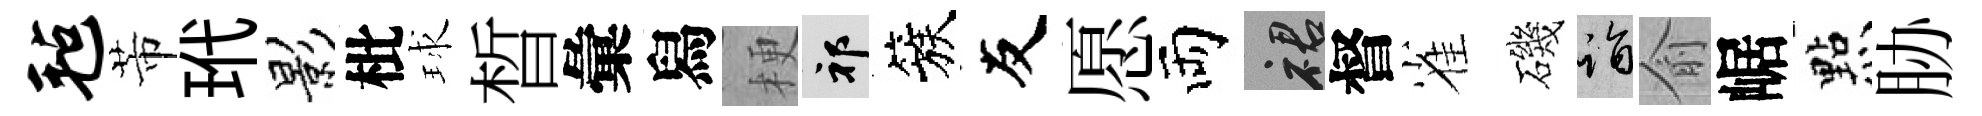
毡芾玳影枇球晳彙舄梗祁簇友愿両裙督雀磯诣俞崌㸃胁